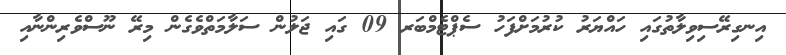
އިނގިރޭސިވިލާތުގައި ހައްޔަރު ކުރުމަށްފަހު ސެޕްޓެމްބަރ 09 ގައި ޖަލުން ސަލާމަތްވެގެން މިރޭ ނޫސްވެރިންނާއި